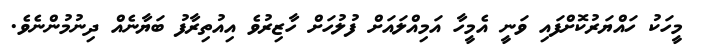
މީހަކު ހައްޔަރުކޮށްފައި ވަނީ އެމީހާ އަމިއްލައަށް ފުލުހަށް ހާޒިރުވެ އިއުތިރާފު ބަޔާނެއް ދިނުމުންނެވެ.